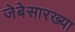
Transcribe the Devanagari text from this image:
जेबेसारख्या